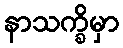
နာသက္ခိမှာ